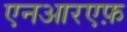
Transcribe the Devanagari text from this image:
एनआरएफ़